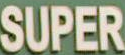
SUPER